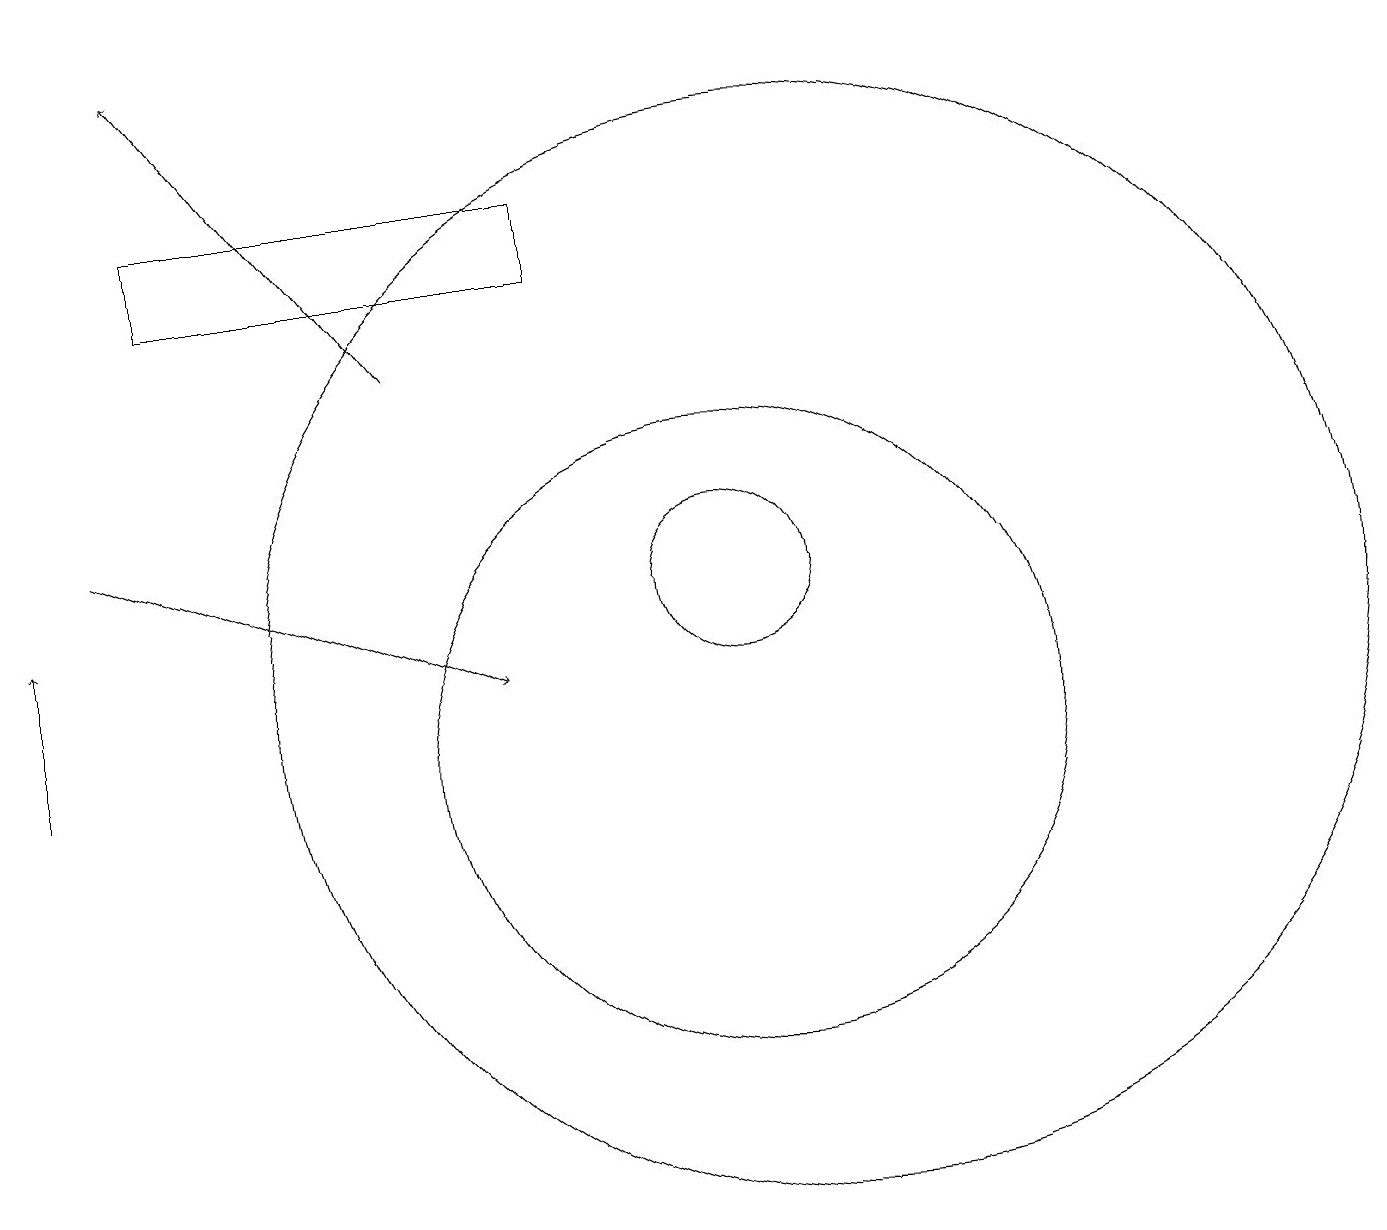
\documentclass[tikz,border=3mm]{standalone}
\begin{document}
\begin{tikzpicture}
\draw (10,12) circle (1);
\draw[->] (6,15) -- (3,19);
\draw[->] (1,10) -- (1,12);
\draw (10,10) circle (4);
\draw (11,11) circle (7);
\draw[->] (2,13) -- (7,11);
\draw (8,16) rectangle (3,17);
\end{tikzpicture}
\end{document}